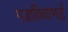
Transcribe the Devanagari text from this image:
मज़ाकियाभाई